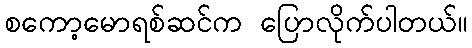
စကော့မောရစ်ဆင်က ပြောလိုက်ပါတယ်။